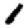
Digit: 1